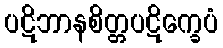
ပဋိဘာနစိတ္တပဋိက္ခေပံ